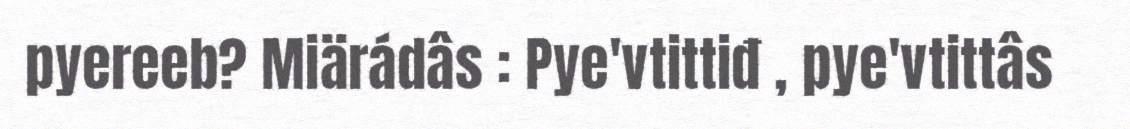
pyereeb? Miärádâs : Pye'vtittiđ , pye'vtittâs